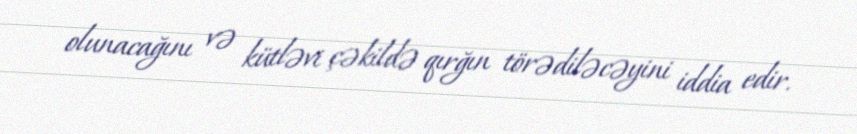
olunacağını və kütləvi çəkildə qırğın törədiləcəyini iddia edir.